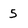
Character: 5